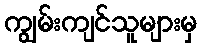
ကျွမ်းကျင်သူများမှ